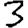
Digit: 3